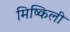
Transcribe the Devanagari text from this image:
मिष्किली